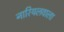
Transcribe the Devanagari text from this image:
नारियलवाला